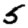
Digit: 5